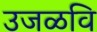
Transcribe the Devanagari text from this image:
उजळवि